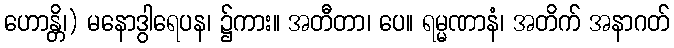
ဟောန္တိ၊) မနောဒွါရေပန၊ ၌ကား။ အတီတာ၊ ပေ။ ရမ္မဏာနံ၊ အတိက် အနာဂတ်